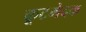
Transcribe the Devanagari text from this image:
कूटभेदक